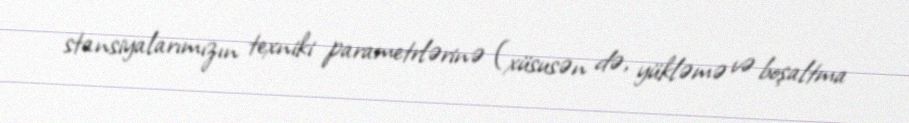
stansiyalarımızın texniki parametrlərinə (xüsusən də, yükləmə və boşaltma